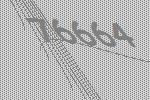
76664